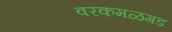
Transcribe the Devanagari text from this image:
वरकमळगड